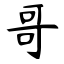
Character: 哥